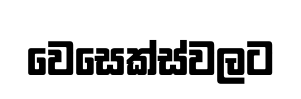
වෙසෙක්ස්වලට